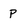
Character: P